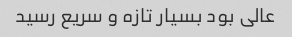
عالی بود بسیار تازه و سریع رسید